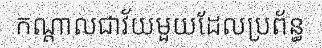
កណ្តាលជាវ័យមួយដែលប្រព័ន្ធ